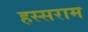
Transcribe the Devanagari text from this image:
हस्सराम